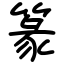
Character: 篆